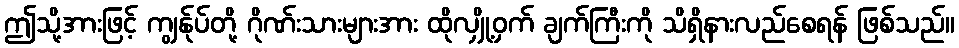
ဤသို့အားဖြင့် ကျွန်ုပ်တို့ ဂိုဏ်းသားများအား ထိုလျှို့ဝှက် ချက်ကြီးကို သိရှိနားလည်စေရန် ဖြစ်သည်။